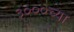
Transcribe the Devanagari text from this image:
३०००च्या